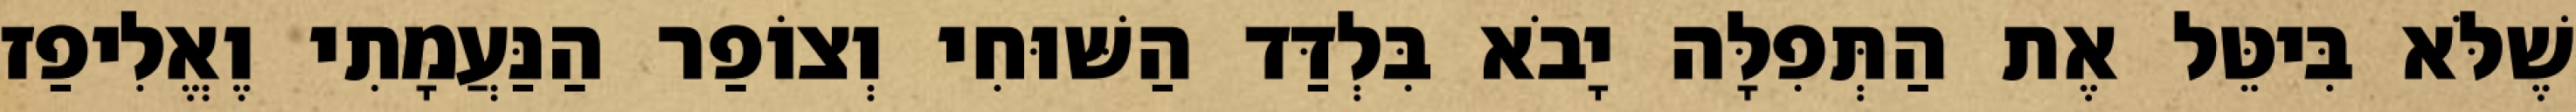
שֶׁלֹּא בִּיטֵּל אֶת הַתְּפִלָּה יָבֹא בִּלְדַּד הַשּׁוּחִי וְצוֹפַר הַנַּעֲמָתִי וֶאֱלִיפַז